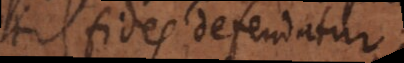
fides defendatur